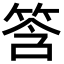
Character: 筨